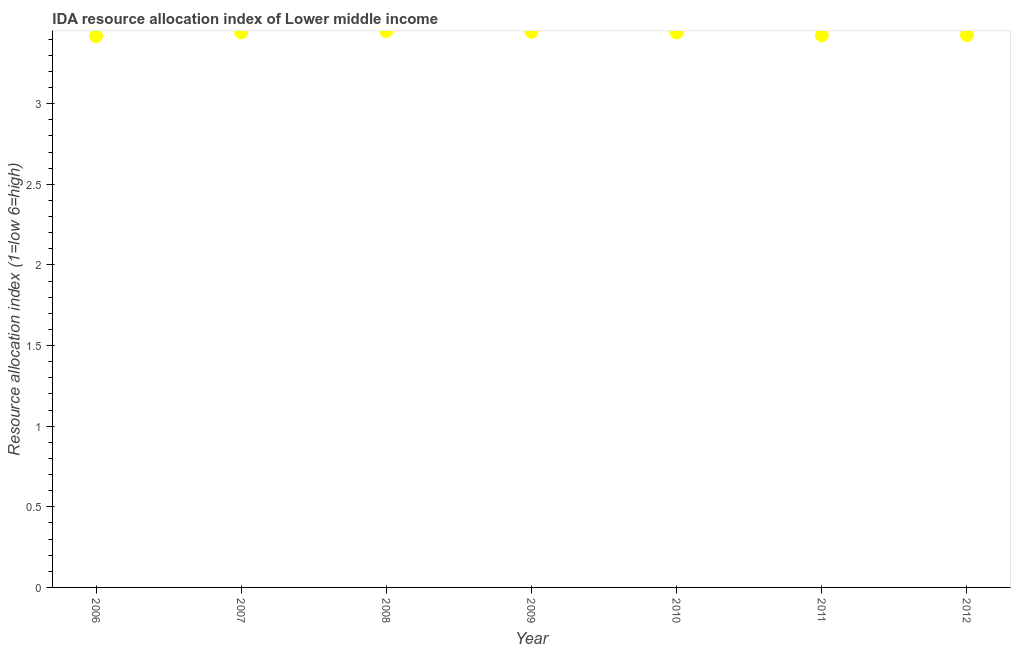
| Year | IDA resource allocation index |
 | --- | --- |
 | 2006 | 3.42 |
 | 2007 | 3.44 |
 | 2008 | 3.45 |
 | 2009 | 3.45 |
 | 2010 | 3.44 |
 | 2011 | 3.42 |
 | 2012 | 3.42 |